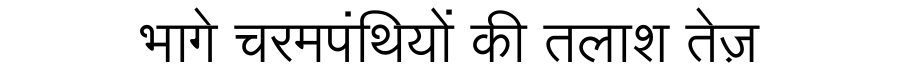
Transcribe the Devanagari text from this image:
भागे चरमपंथियों की तलाश तेज़